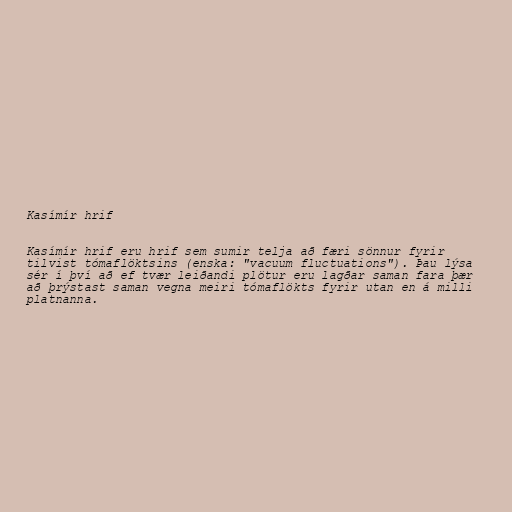
Kasímír hrif

Kasímír hrif eru hrif sem sumir telja að færi sönnur fyrir
tilvist tómaflöktsins (enska: "vacuum fluctuations"). Þau lýsa
sér í því að ef tvær leiðandi plötur eru lagðar saman fara þær
að þrýstast saman vegna meiri tómaflökts fyrir utan en á milli
platnanna.